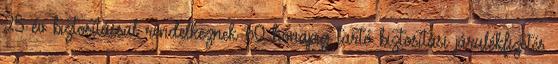
25 év biztosítással rendelkeznek 60 hónapig tartó biztosítási járulékfizetés